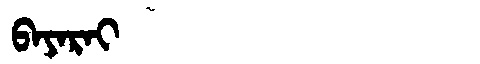
Manchu: ᠪᠠᠶᠠᡵᠠᡳ
Romanization: BAYARAI